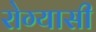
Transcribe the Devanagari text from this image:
रोग्यासी